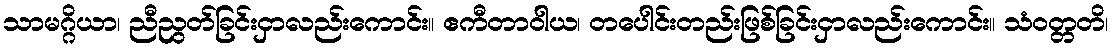
သာမဂ္ဂိယာ၊ ညီညွတ်ခြင်းငှာလည်းကောင်း။ ဧကီတာဝါယ၊ တပေါင်းတည်းဖြစ်ခြင်းငှာလည်းကောင်း။ သံဝတ္တတိ၊